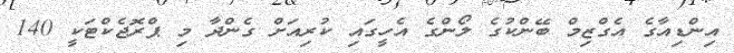
އިންޑިއާގެ އެގްޒިމް ބޭންކުގެ ލޯންގެ އެހީގައި ކުރިއަށް ގެންދާ މި ޕްރޮޖެކްޓަކީ 140